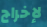
لإخراج